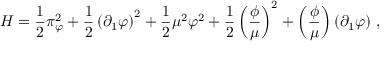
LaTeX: { \cal H } = \frac { 1 } { 2 } \pi _ { \varphi } ^ { 2 } + \frac { 1 } { 2 } \left( \partial _ { 1 } \varphi \right) ^ { 2 } + \frac { 1 } { 2 } \mu ^ { 2 } \varphi ^ { 2 } + \frac { 1 } { 2 } \left( \frac { \phi } { \mu } \right) ^ { 2 } + \left( \frac { \phi } { \mu } \right) ( \partial _ { 1 } \varphi ) \ ,